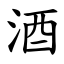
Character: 酒